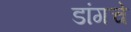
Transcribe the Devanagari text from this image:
डांगचे